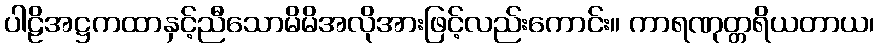
ပါဠိအဋ္ဌကထာနှင့်ညီသောမိမိအလိုအားဖြင့်လည်းကောင်း။ ကာရဏုတ္တရိယတာယ၊